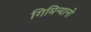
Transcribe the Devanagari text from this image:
गिमिन्यानो